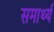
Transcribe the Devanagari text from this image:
समार्थ्य